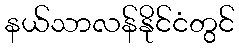
နယ်သာလန်နိုင်ငံတွင်